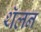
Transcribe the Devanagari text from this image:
थॅलन